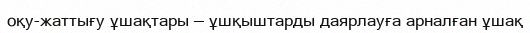
оқу-жаттығу ұшақтары — ұшқыштарды даярлауға арналған ұшақ